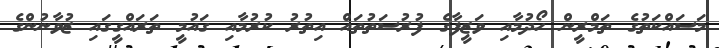
މަސައްކަތުގެ ތަމްރީން ހޯދުމާއި ވަޒީފާގެ ފުރުސަތުތައް އިތުރު ކުރުމާއި ގައުމީ ތަރައްގީގައި ޒުވާނުންގެ